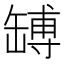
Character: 𦉊